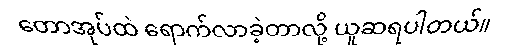
တောအုပ်ထဲ ရောက်လာခဲ့တာလို့ ယူဆရပါတယ်။